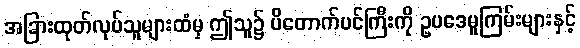
အခြားထုတ်လုပ်သူများထံမှ ဤသူ၌ ပိတောက်ပင်ကြီးကို ဥပဒေမူကြမ်းများနှင့်